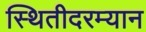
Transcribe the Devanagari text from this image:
स्थितीदरम्यान